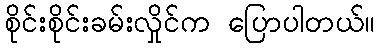
စိုင်းစိုင်းခမ်းလှိုင်က ပြောပါတယ်။